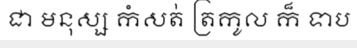
ជា មនុស្ស កំសត់ ត្រកូល ក៏ ទាប